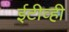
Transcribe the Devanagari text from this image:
ईटीव्ही